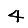
Digit: 4